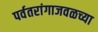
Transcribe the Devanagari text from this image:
पर्वतरांगाजवळच्या